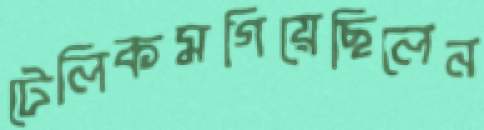
টেলিকমগিয়েছিলেন